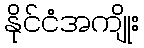
နိုင်ငံအကျိုး